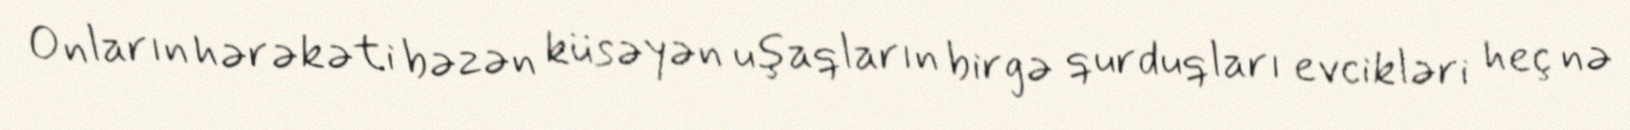
Onların hərəkəti bəzən küsəyən uşaqların birgə qurduqları evcikləri heç nə